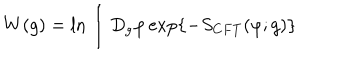
LaTeX: W ( g ) = \ln \int D _ { g } \varphi \exp \{ - S _ { C F T } ( \varphi ; g ) \}